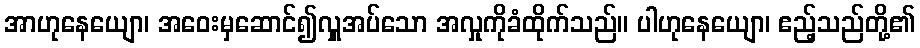
အာဟုနေယျော၊ အဝေးမှဆောင်၍လှူအပ်သော အလှုကိုခံထိုက်သည်။ ပါဟုနေယျော၊ ဧည့်သည်တို့၏